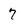
Character: 7